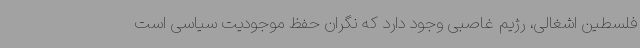
فلسطین اشغالی، رژیم غاصبی وجود دارد که نگران حفظ موجودیت سیاسی است